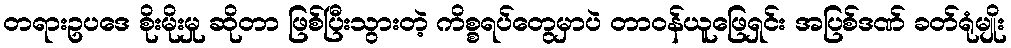
တရားဥပဒေ စိုးမိုးမှု ဆိုတာ ဖြစ်ပြီးသွားတဲ့ ကိစ္စရပ်တွေမှာပဲ တာဝန်ယူဖြေရှင်း အပြစ်ဒဏ် ခတ်ရုံမျိုး